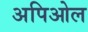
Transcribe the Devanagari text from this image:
अपिओल